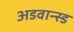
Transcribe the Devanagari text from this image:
अडवान्स्ड